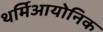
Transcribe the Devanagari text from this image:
थर्मिआयोनिक